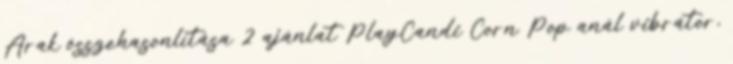
Árak összehasonlítása 2 ajánlat PlayCandi Corn Pop anál vibrátor,